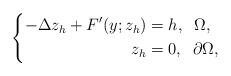
LaTeX: \begin{align*}\left \{\begin{aligned}-\Delta z_{h} + F'(y;z_{h})&=h, \;\; \Omega,\\z_{h}&=0, \;\; \partial \Omega,\end{aligned}\right. \end{align*}